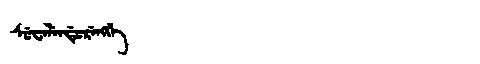
Manchu: ᠰᡠᠸᡝᠯᡝᠨᡩᡠᡵᡝᠩᡤᡝ
Romanization: SUWELENDURENGGE